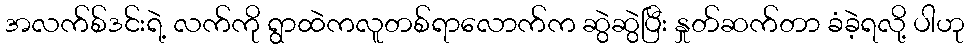
အလက်စ်ဒင်းရဲ့ လက်ကို ရွာထဲကလူတစ်ရာလောက်က ဆွဲဆွဲပြီး နှုတ်ဆက်တာ ခံခဲ့ရလို့ ပါဟု